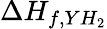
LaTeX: \Delta H_{f,YH_{2}}